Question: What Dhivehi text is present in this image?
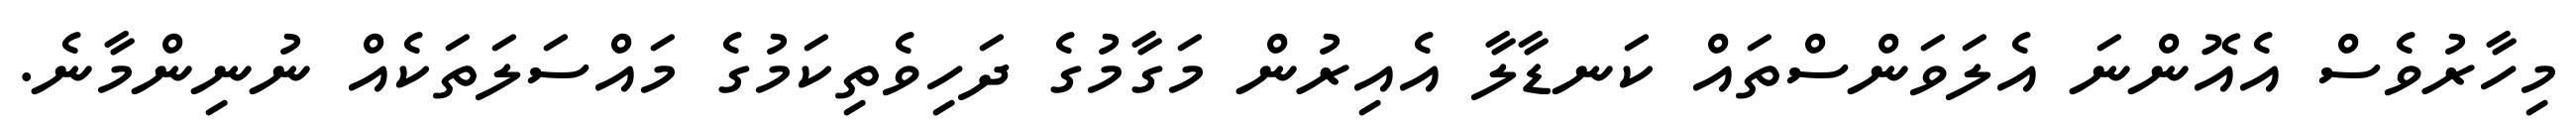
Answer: މިހާރުވެސް އެއޮންނަ އެލަވަންސްތައް ކަނޑާލާ އެއިރުން މަގާމުގެ ދަހިވެތިކަމުގެ މައްސަލަތަކެއް ނުނިންމާނެ.